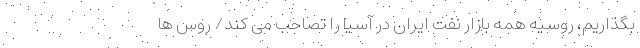
بگذاریم، روسیه همه بازار نفت ایران در آسیا را تصاحب می کند/ روس ها